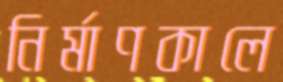
নির্মাণকালে